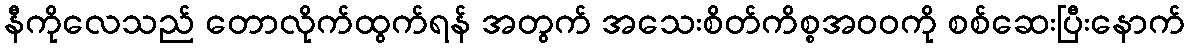
နီကိုလေသည် တောလိုက်ထွက်ရန် အတွက် အသေးစိတ်ကိစ္စအဝဝကို စစ်ဆေးပြီးနောက်